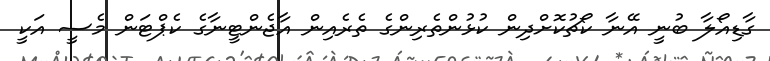
ގާޑިއޯލާ ބުނީ އޭނާ ކޯޗުކޮށްދިން ކުޅުންތެރިންގެ ތެރެއިން އާޖެންޓީނާގެ ކެޕްޓަން މެސީ އަކީ